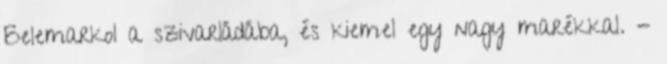
Belemarkol a szivarládába, és kiemel egy nagy marékkal. -